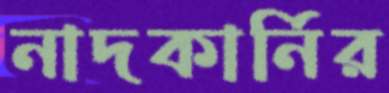
নাদকার্নির